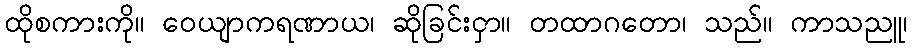
ထိုစကားကို။ ဝေယျာကရဏာယ၊ ဆိုခြင်းငှာ။ တထာဂတော၊ သည်။ ကာသညူ၊